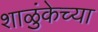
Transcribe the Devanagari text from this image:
शाळुंकेच्या